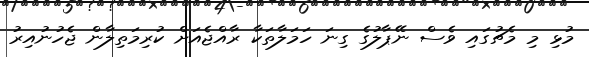
މުޅި މި މެޗުގައި ވެސް ނޭޕާލުގެ ގިނަ ހަމަލާތަކާ ރާއްޖެއަށް ކުރިމަތިލާން ޖެހުނުއިރު